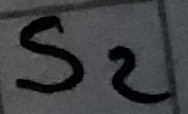
Text: S2